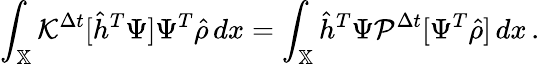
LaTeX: \int_{\mathbb{X}}\mathcal{K}^{\Delta t}[\hat{h}^{T}\Psi]\Psi^{T}\hat{\rho}\, dx=\int_{\mathbb{X}}\hat{h}^{T}\Psi\mathcal{P}^{\Delta t}[\Psi^{T}\hat{\rho}]\, dx\, .